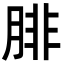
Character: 腓